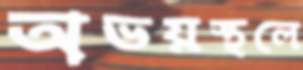
অভয়স্থলে